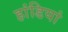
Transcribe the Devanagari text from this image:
हांडियां